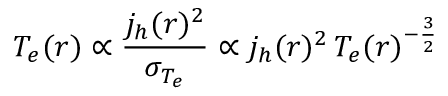
T _ { e } ( r ) \propto \frac { j _ { h } ( r ) ^ { 2 } } { \sigma _ { T _ { e } } } \propto j _ { h } ( r ) ^ { 2 } \, T _ { e } ( r ) ^ { - \frac { 3 } { 2 } }